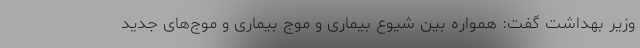
وزیر بهداشت گفت: همواره بین شیوع بیماری و موج بیماری و موج‌های جدید